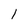
Character: 1